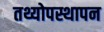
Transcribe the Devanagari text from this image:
तथ्योपस्थापन